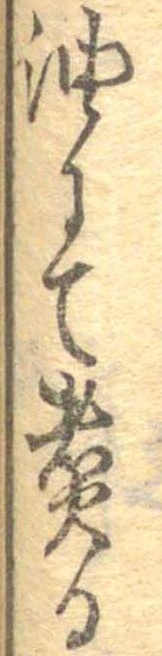
油にて煮る